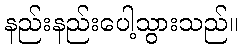
နည်းနည်းပေါ့သွားသည်။